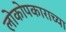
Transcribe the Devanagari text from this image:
लोकोपकाराच्या